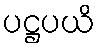
ပဋ္ဌပယိ